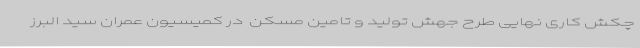
چکش کاری نهایی طرح جهش تولید و تامین مسکن  در کمیسیون عمران سید البرز